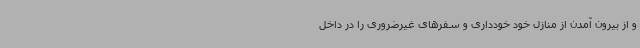
و از بیرون آمدن از منازل خود خودداری و سفرهای غیرضروری را در داخل